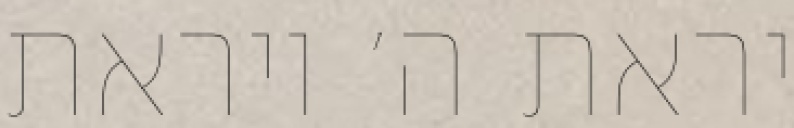
יראת ה׳ ויראת